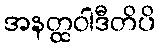
အနတ္ထဝါဒီတိပိ